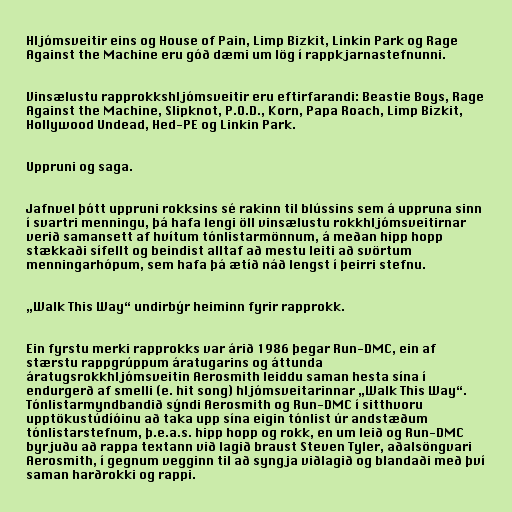
Hljómsveitir eins og House of Pain, Limp Bizkit, Linkin Park og Rage
Against the Machine eru góð dæmi um lög í rappkjarnastefnunni.

Vinsælustu rapprokkshljómsveitir eru eftirfarandi: Beastie Boys, Rage
Against the Machine, Slipknot, P.O.D., Korn, Papa Roach, Limp Bizkit,
Hollywood Undead, Hed-PE og Linkin Park.

Uppruni og saga.

Jafnvel þótt uppruni rokksins sé rakinn til blússins sem á uppruna sinn
í svartri menningu, þá hafa lengi öll vinsælustu rokkhljómsveitirnar
verið samansett af hvítum tónlistarmönnum, á meðan hipp hopp
stækkaði sífellt og beindist alltaf að mestu leiti að svörtum
menningarhópum, sem hafa þá ætíð náð lengst í þeirri stefnu.

„Walk This Way“ undirbýr heiminn fyrir rapprokk.

Ein fyrstu merki rapprokks var árið 1986 þegar Run-DMC, ein af
stærstu rappgrúppum áratugarins og áttunda
áratugsrokkhljómsveitin Aerosmith leiddu saman hesta sína í
endurgerð af smelli (e. hit song) hljómsveitarinnar „Walk This Way“.
Tónlistarmyndbandið sýndi Aerosmith og Run-DMC í sitthvoru
upptökustúdíóinu að taka upp sína eigin tónlist úr andstæðum
tónlistarstefnum, þ.e.a.s. hipp hopp og rokk, en um leið og Run-DMC
byrjuðu að rappa textann við lagið braust Steven Tyler, aðalsöngvari
Aerosmith, í gegnum vegginn til að syngja viðlagið og blandaði með því
saman harðrokki og rappi.